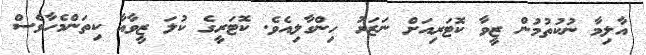
އާލިމާ ނުކުތުމުން ޒީވާ ކޮޓަރިއަށް ނަޒަރު ހިންގާލިއެވެ. ކޮޓަރީގެ ކުލަ ޒީވާއާ ކިތަންމެހާވެސް